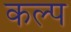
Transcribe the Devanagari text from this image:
कल्‍प